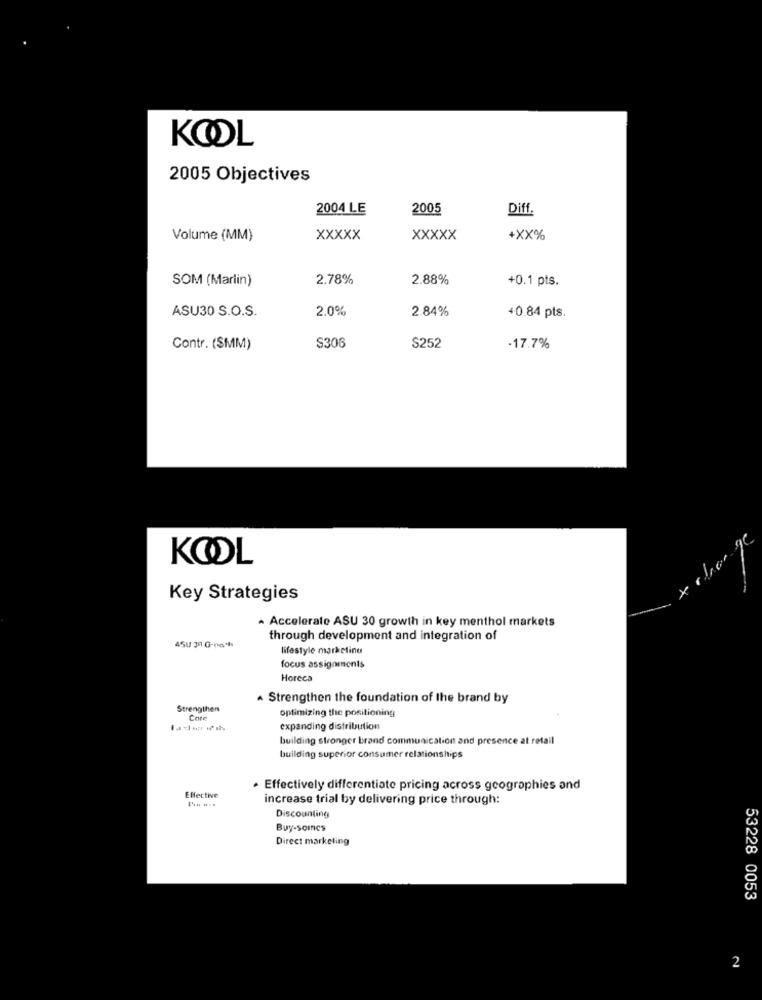
KOOL
2005 Objectives
2004 LE
2005
Diff.
Volume (MM)
Xxxxx
XXXXX
+XX%
SOM (Marlin)
2.78%
2.88%
+0.1 pts.
ASU30 S.O.S.
2.0%
2.84%
+0.84 pts.
S306
Contr. (SMM)
$252
·17.7%
KOOL
Key Strategies
Accelerate ASU 30 growth in key menthol markets
through development and integration of
4SU 3 G-00%
lifestyle marketing
focus assignments
Horeca
. Strengthen the foundation of the brand by
Strengthens
optimizing the positioning
Core
expanding distribution
building stronger brand communication and presence at retail
building superior consumer relationships
· Effectively differentiate pricing across geographies and
Effective
increase trial by delivering price through:
Discounting
Buy-scincs
Direct marketing
53228 0053
2